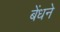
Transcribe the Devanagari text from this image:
बेंधने